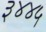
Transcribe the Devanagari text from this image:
३४४५